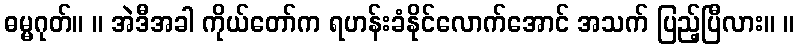
ဓမ္မဂုတ်။ ။ အဲဒီအခါ ကိုယ်တော်က ရဟန်းခံနိုင်လောက်အောင် အသက် ပြည့်ပြီလား။ ။